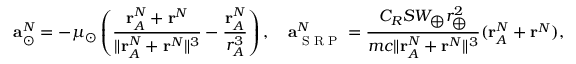
\mathbf { a } _ { \odot } ^ { N } = - \mu _ { \odot } \left( \frac { \mathbf { r } _ { A } ^ { N } + \mathbf { r } ^ { N } } { \lVert \mathbf { r } _ { A } ^ { N } + \mathbf { r } ^ { N } \rVert ^ { 3 } } - \frac { \mathbf { r } _ { A } ^ { N } } { r _ { A } ^ { 3 } } \right) , \quad \mathbf { a } _ { \textup { S R P } } ^ { N } = \frac { C _ { R } S W _ { \bigoplus } r _ { \bigoplus } ^ { 2 } } { m c \lVert \mathbf { r } _ { A } ^ { N } + \mathbf { r } ^ { N } \rVert ^ { 3 } } ( \mathbf { r } _ { A } ^ { N } + \mathbf { r } ^ { N } ) ,